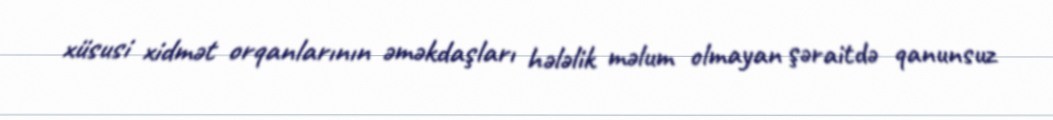
xüsusi xidmət orqanlarının əməkdaşları hələlik məlum olmayan şəraitdə qanunsuz